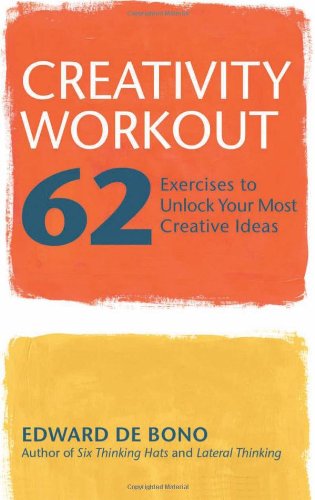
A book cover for Creativity Workout: 62 Exercises to Unlock Your Most Creative Ideas; Edward De Bono; Health, Fitness & Dieting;